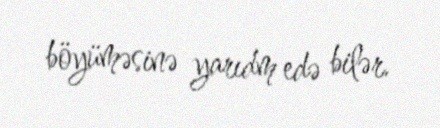
böyüməsinə yarıdm edə bilər.